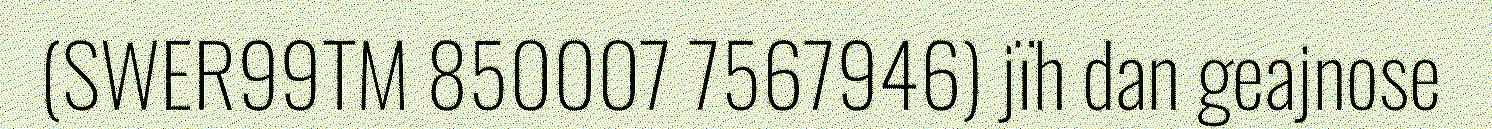
(SWER99TM 850007 7567946) jïh dan geajnose